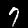
Label: 7